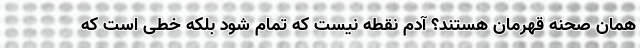
همان صحنه قهرمان هستند؟ آدم نقطه نیست که تمام شود بلکه خطی است که